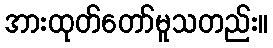
အားထုတ်တော်မူသတည်း။